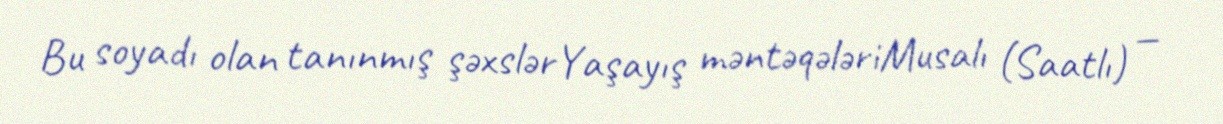
Bu soyadı olan tanınmış şəxslərYaşayış məntəqələriMusalı (Saatlı) —